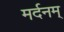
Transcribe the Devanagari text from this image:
मर्दनम्